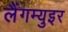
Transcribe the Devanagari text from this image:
लैंगम्युइर